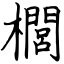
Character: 櫚